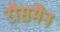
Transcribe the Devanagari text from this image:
रौसमैन